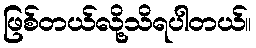
ဖြစ်တယ်လို့သိရပါတယ်။